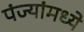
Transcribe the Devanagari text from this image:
पंज्यांमध्ये